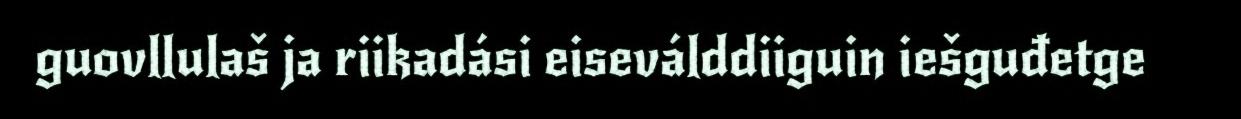
guovllulaš ja riikadási eiseválddiiguin iešguđetge